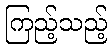
ကြည့်သည့်